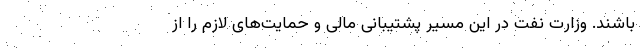
باشند. وزارت نفت در این مسیر پشتیبانی مالی و حمایت‌های لازم را از